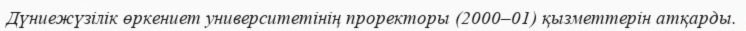
Дүниежүзілік өркениет университетінің проректоры (2000–01) қызметтерін атқарды.